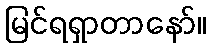
မြင်ရရှာတာနော်။